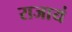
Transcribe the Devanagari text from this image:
राजायं